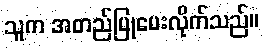
သူက အတည်ပြုပေးလိုက်သည်။